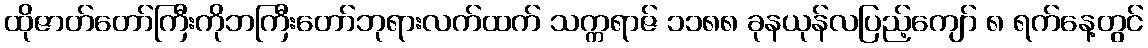
ထိုဇာတ်တော်ကြီးကိုဘကြီးတော်ဘုရားလက်ထက် သက္ကရာဇ် ၁၁၈၈ ခုနယုန်လပြည့်ကျော် ၈ ရက်နေ့တွင်